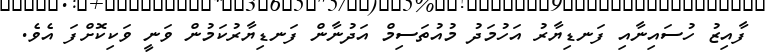
ފާއިޒު ހުސައިނާއި ފަނޑިޔާރު އަހުމަދު މުއުތަސިމް އަދުނާން ފަނޑިޔާރުކަމުން ވަނީ ވަކިކޮށްފަ އެވެ.